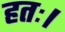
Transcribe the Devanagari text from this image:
हतः।